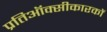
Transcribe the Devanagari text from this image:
प्रतिऑक्सीकारकों